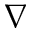
_ \nabla